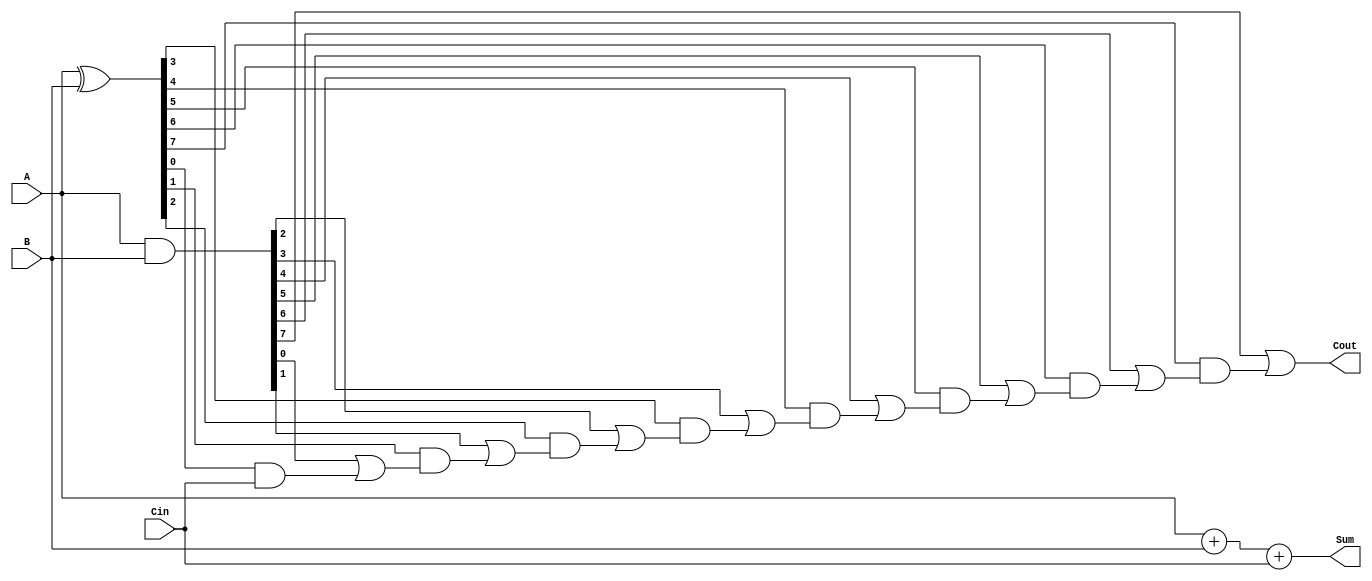
module carry_lookahead_adder (
    input [7:0] A,
    input [7:0] B,
    input Cin,
    output [7:0] Sum,
    output Cout
);

wire [7:0] P, G;
wire [8:0] C;

assign P = A ^ B;
assign G = A & B;
assign C[0] = Cin;

genvar i;
generate
  for (i = 0; i < 8; i = i + 1) begin : gen
    assign C[i+1] = G[i] | (P[i] & C[i]);
  end
endgenerate

assign Cout = C[8];
assign Sum = A + B + Cin;

endmodule